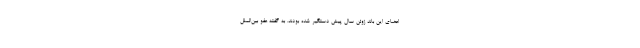
اعضای این باند ژوئن سال پیش دستگیر شده بودند. به گفته عفو بین‌الملل